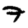
Digit: 7